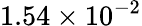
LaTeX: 1.54\times 10^{-2}